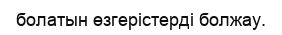
болатын өзгерістерді болжау.